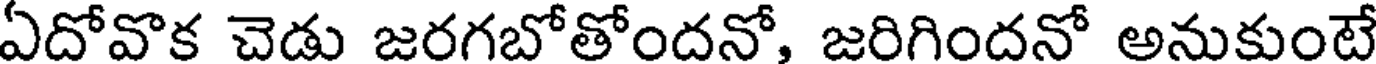
ఏదోవొక చెడు జరగబోతోందనో, జరిగిందనో అనుకుంటే